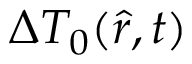
\Delta T _ { 0 } ( \hat { r } , t )